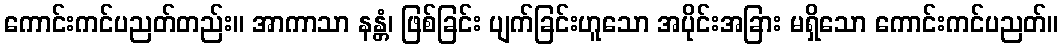
ကောင်းကင်ပညတ်တည်း။ အာကာသာ နန္တံ၊ ဖြစ်ခြင်း ပျက်ခြင်းဟူသော အပိုင်းအခြား မရှိသော ကောင်းကင်ပညတ်။